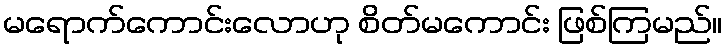
မရောက်ကောင်းလောဟု စိတ်မကောင်း ဖြစ်ကြမည်။